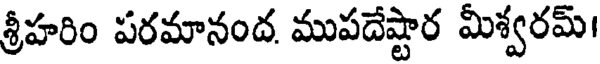
శ్రీహరిం పరమానంద. ముపదేష్టార మీశ్వరమ్।